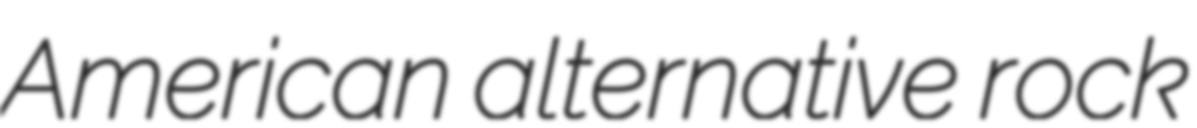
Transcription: American alternative rock